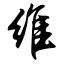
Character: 维